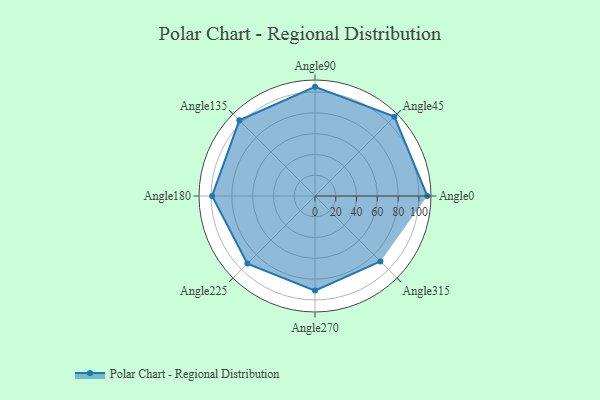
{"axis": {"x": "Angle", "y": "Radius"}, "legend": [""], "data": [{"x": "Angle0", "y": 108.0, "type": ""}, {"x": "Angle45", "y": 108.0, "type": ""}, {"x": "Angle90", "y": 105.0, "type": ""}, {"x": "Angle135", "y": 103.0, "type": ""}, {"x": "Angle180", "y": 99.0, "type": ""}, {"x": "Angle225", "y": 92.0, "type": ""}, {"x": "Angle270", "y": 91.0, "type": ""}, {"x": "Angle315", "y": 89.0, "type": ""}]}